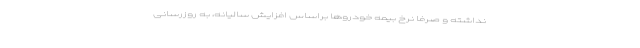
نداشته و صرفا نرخ بیمه خودروها براساس افزایش سالیانه، به روزرسانی